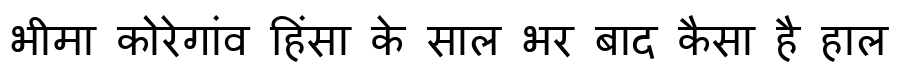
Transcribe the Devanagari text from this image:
भीमा कोरेगांव हिंसा के साल भर बाद कैसा है हाल